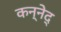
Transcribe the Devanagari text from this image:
कन्नेद्